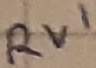
Text: RV1